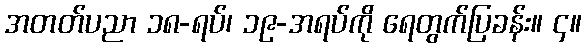
အတတ်ပညာ ၁၈-ရပ်၊ ၁၉-အရပ်ကို ရေတွက်ပြခန်း။ ၄။